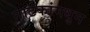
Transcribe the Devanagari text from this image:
नाटकांमधुन